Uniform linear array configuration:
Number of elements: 8
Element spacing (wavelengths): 1
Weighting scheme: blackman
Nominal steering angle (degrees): -30
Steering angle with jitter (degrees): -30.12
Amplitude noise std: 0.05
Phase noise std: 0.05

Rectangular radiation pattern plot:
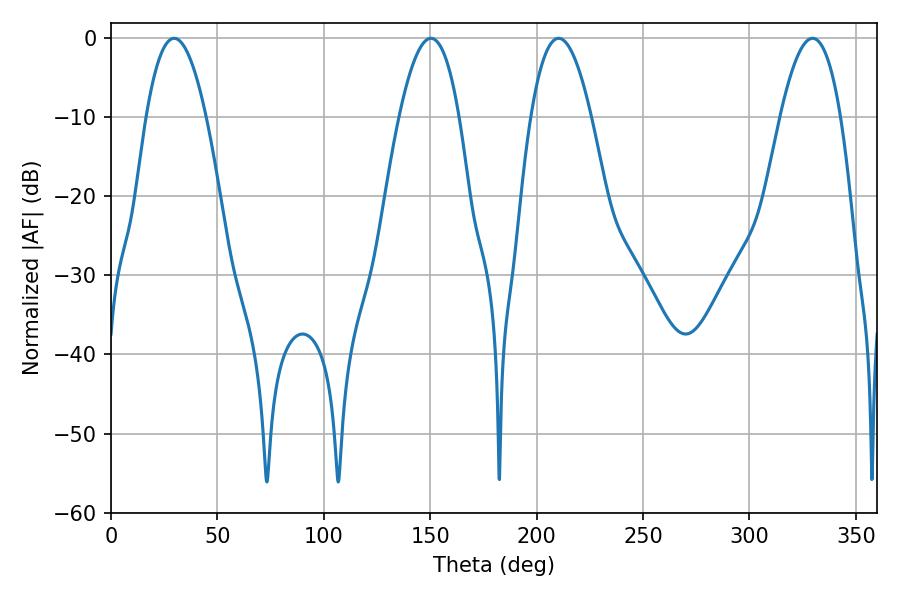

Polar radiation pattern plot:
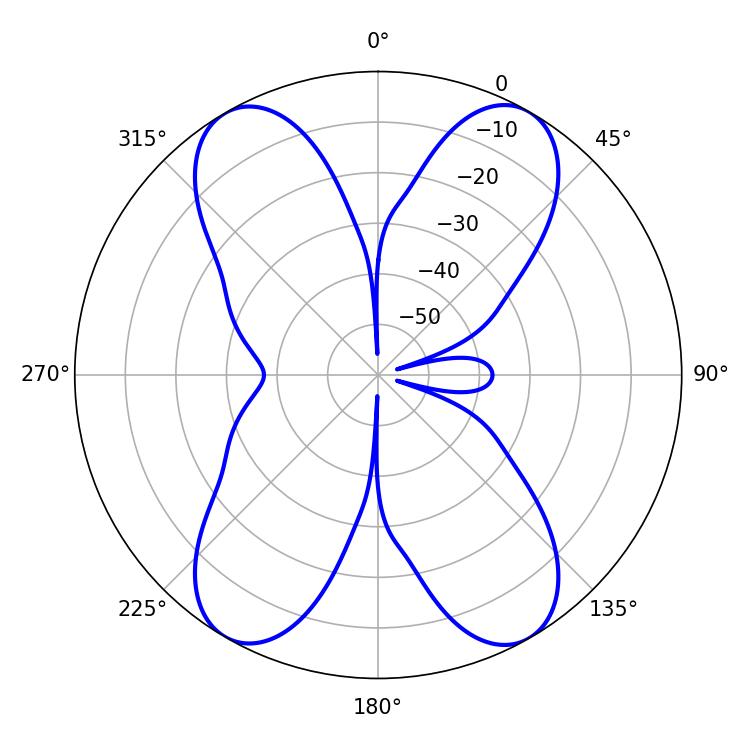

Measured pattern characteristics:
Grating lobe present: TRUE
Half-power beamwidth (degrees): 15.48
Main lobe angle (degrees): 29.7